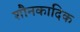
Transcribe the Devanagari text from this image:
शौनकादिक